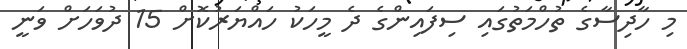
މި ހާދިސާގެ ތުހްމަތުގައި ސިފައިންގެ ދެ މީހަކު ހައްޔަރުކޮށް 15 ދުވަހަށް ވަނީ